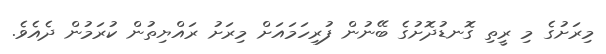
މިރަށުގެ މި ރީތި ގޮނޑުދޮށުގެ ބޭނުން ފުރިހަމައަށް މިރަށު ރައްޔިތުން ކުރަމުން ދެއެވެ.